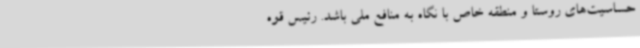
حساسیت‌های روستا و منطقه خاص با نگاه به منافع ملی باشد. رئیس قوه